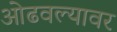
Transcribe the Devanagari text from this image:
ओढवल्यावर